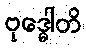
ဗုဒ္ဓေါတိ